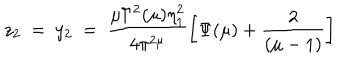
z _ { 2 } ~ = ~ y _ { 2 } ~ = ~ \frac { \mu \Gamma ^ { 2 } ( \mu ) \eta _ { 1 } ^ { 2 } } { 4 \pi ^ { 2 \mu } } \left[ \Psi ( \mu ) + \frac { 2 } { ( \mu - 1 ) } \right]